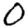
Digit: 0